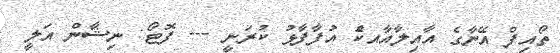
ތޯއިފް އޭނާގެ އާއިލާއާއކެު އުފާފާޅު ކުރަނީ --- ފޮޓޯ: ނިޝާން އަލީ